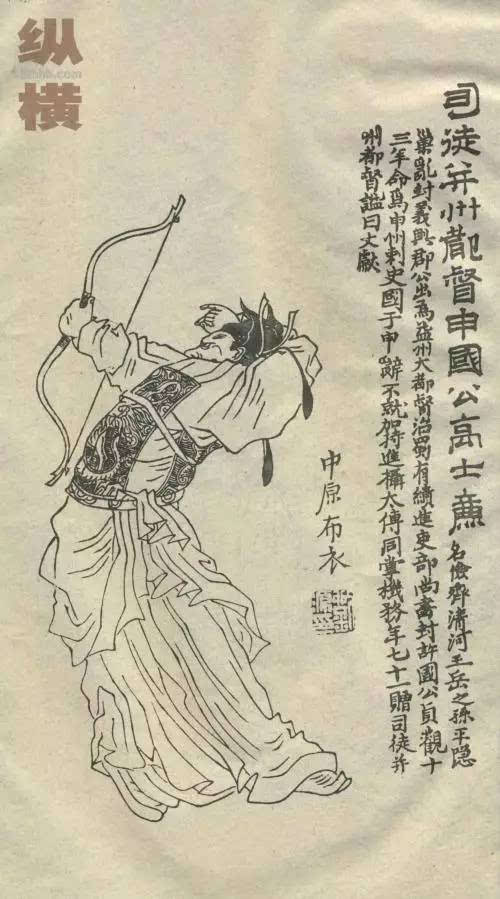
善恶同，则功臣倦。